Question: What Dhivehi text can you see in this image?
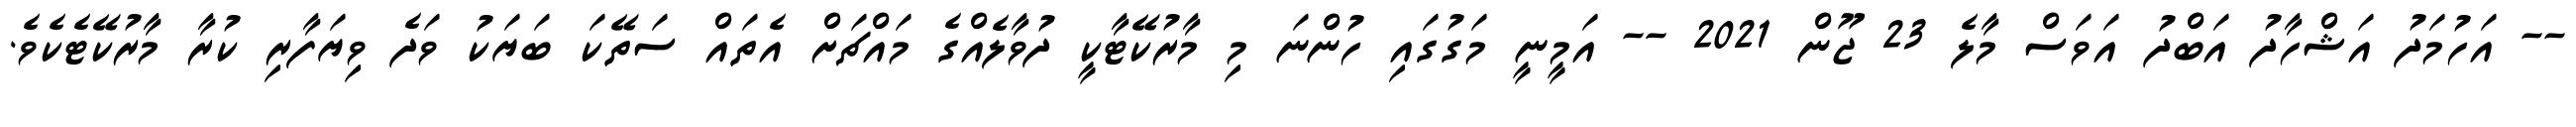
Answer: -- އަހުމަދު އަޝްހާދު އަބްދު އަވަސް މާލެ 23 ޖޫން 2021 -- އަމީނީ މަގުގައި ހުންނަ މި މާރުކޭޓާކީ ދުވާލެއްގެ މައްޗަށް އެތައް ސަތޭކަ ބަޔަކު ވަދެ ވިޔަފާރި ކުރާ މާރުކޭޓެކެވެ.